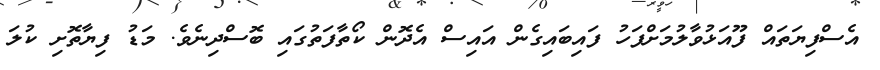
އެސްްފިޔަތައް ފޫއަޅުވާލުމަށްފަހު ފައިބައިގެން އައިސް އެދޮން ކޯތާފަތުގައި ބޮސްދިނެވެ. މަޑު ފިޔާތޮށި ކުލަ